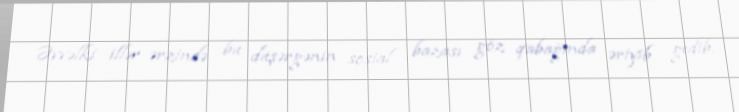
Əvvəlki illər ərzində bu düşərgənin sosial bazası göz qabağında əriyib gedib,